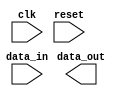
module io_block_LVCMOS_buffer (
    input wire clk,
    input wire reset,
    input wire [7:0] data_in,
    output wire [7:0] data_out
);

// Verilog code for I/O Blocks LVCMOS buffer

// I/O Buffer logic here

endmodule